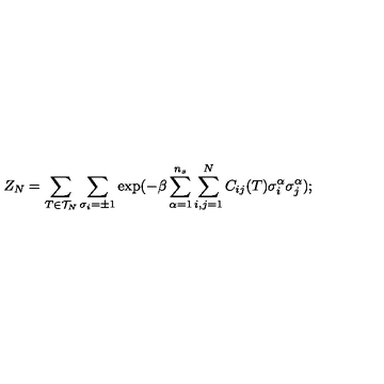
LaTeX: Z _ { N } = \sum _ { T \in { \cal { T } } _ { N } } \sum _ { \sigma _ { i } = \pm 1 } \exp ( - \beta \sum _ { \alpha = 1 } ^ { n _ { s } } \sum _ { i , j = 1 } ^ { N } C _ { i j } ( T ) \sigma _ { i } ^ { \alpha } \sigma _ { j } ^ { \alpha } ) ; \protect